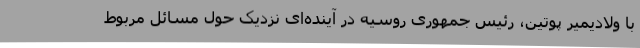
با ولادیمیر پوتین، رئیس جمهوری روسیه در آینده‌ای نزدیک حول مسائل مربوط